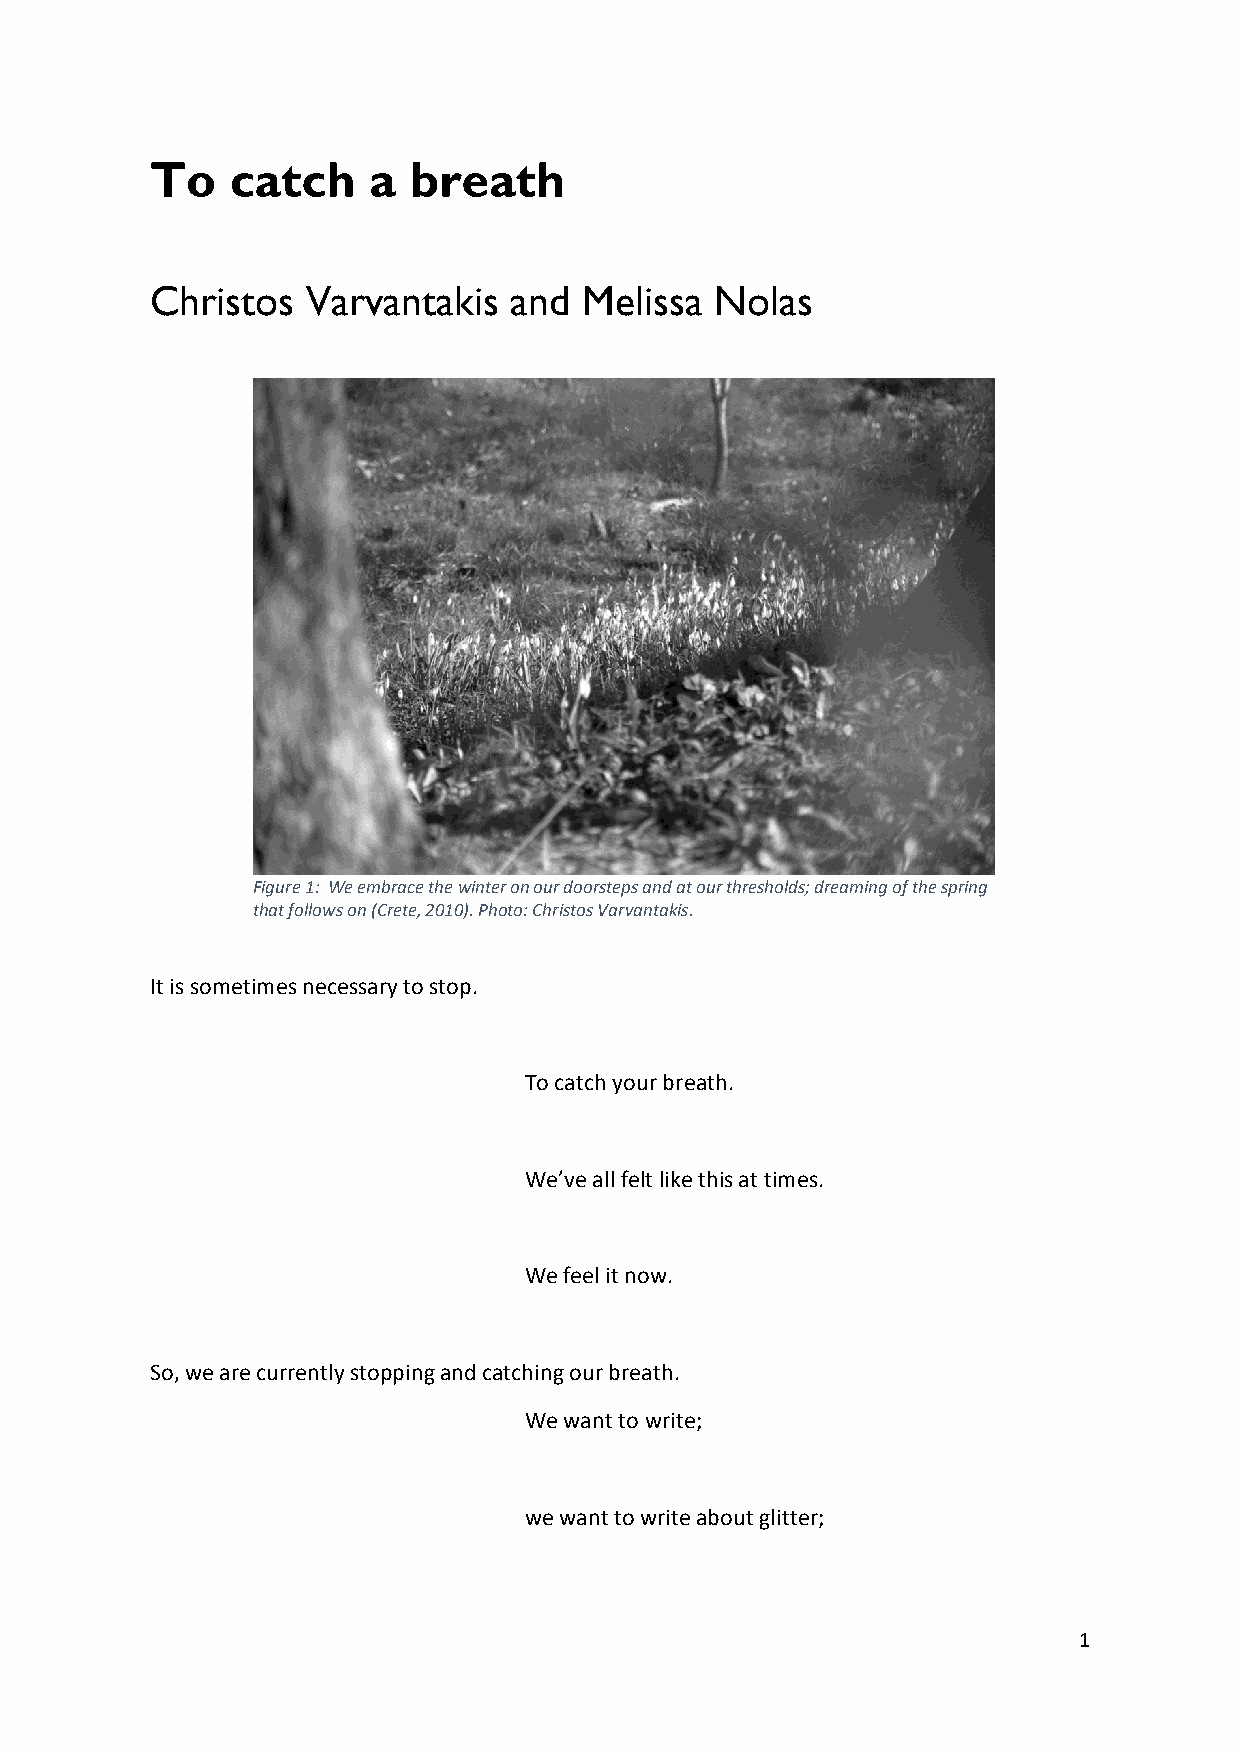
To   catch    a  breath
 Christos  Varvantakis   and  Melissa Nolas
 Figure 1: We embrace the winter on our doorsteps and at our thresholds; dreaming of the spring
 that follows on (Crete, 2010). Photo: Christos Varvantakis.
 It is sometimes necessary to stop.
 To catch your breath.
 We’ve all felt like this at times.
 We feel it now.
 So, we are currently stopping and catching our breath.
 We want to write;
 we want to write about glitter;
 1